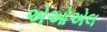
એઓએલ